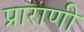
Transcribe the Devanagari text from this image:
प्राराणी